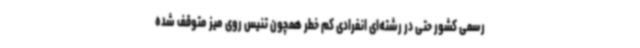
رسمی کشور حتی در رشته‌ای انفرادی کم خطر همچون تنیس روی میز متوقف شده